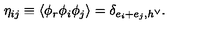
\eta _ { i j } \equiv \langle \phi _ { r } \phi _ { i } \phi _ { j } \rangle = \delta _ { e _ { i } + e _ { j } , h ^ { \vee } } .